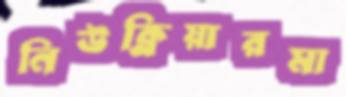
নিউক্লিয়ারমা